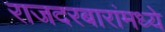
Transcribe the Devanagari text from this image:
राजदरबारांमध्ये